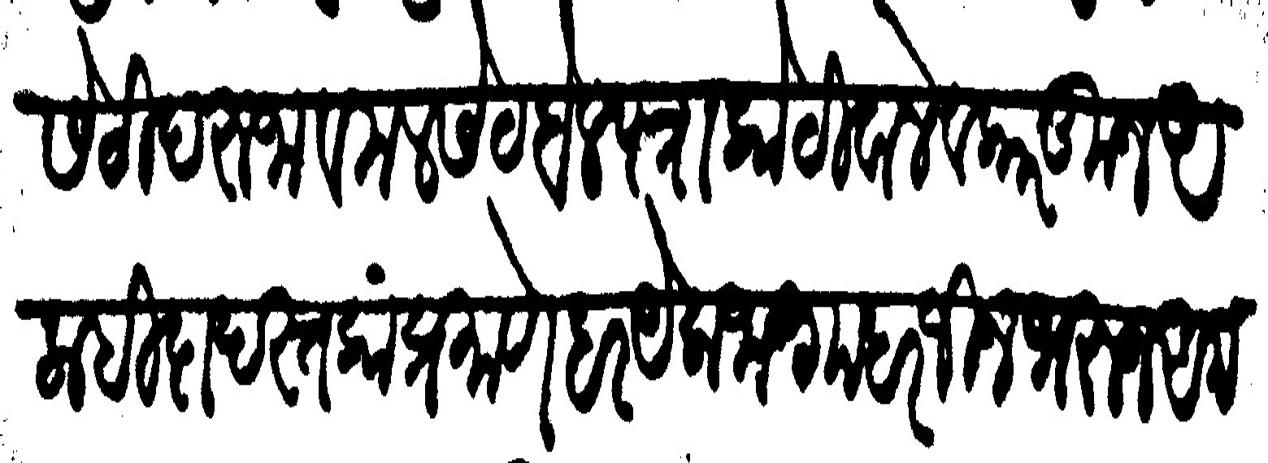
Transliteration (Devanagari): बावसेटी दरुजा व मलसेट बेलपत्रा कोठीवाले व कारकून अलाहिदा दस्तकांप्रमाण हर येक जागा हर जिन [स] भरून अमदरफ्ती